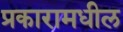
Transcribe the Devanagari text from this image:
प्रकारामधील